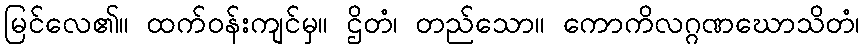
မြင်လေ၏။ ထက်ဝန်းကျင်မှ။ ဌိတံ၊ တည်သော။ ကောကိလဂ္ဂဏဃောသိတံ၊